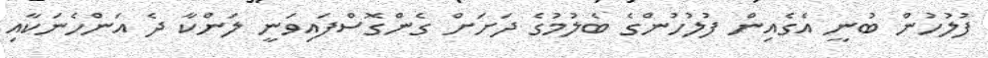
ފުލުހުން ބުނީ އެގެއިން ފުލުހުންގެ ބެލުމުގެ ދަށަށް ގެންގޮސްފައިވަނީ ލަންކާ ދެ އަންހެނަކާއި